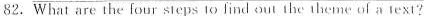
82.What are the four steps to find out the theme of a text ?